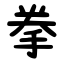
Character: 拳